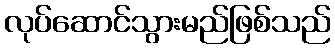
လုပ်ဆောင်သွားမည်ဖြစ်သည်